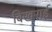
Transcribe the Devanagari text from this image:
बिखराई